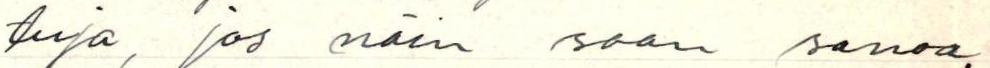
tuja, jos näin saan sanoa.